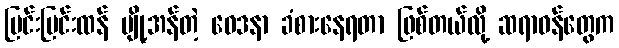
ပြင်းပြင်းထန် ပျို့အန်တဲ့ ဝေဒနာ ခံစားနေရတာ ဖြစ်တယ်လို့ ဆရာဝန်တွေက